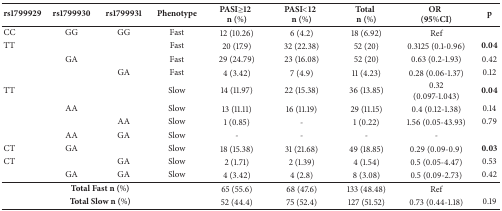
| rs1799929 | rs1799930 | rs1799931 | Phenotype | PASI≥12n (%) | PASI<12n (%) | Totaln (%) | OR(95%CI) | p |
 | --- | --- | --- | --- | --- | --- | --- | --- | --- |
 | CC | GG | GG | Fast | 12 (10.26) | 6 (4.2) | 18 (6.92) | Ref |  |
 | TT |  |  | Fast | 20 (17.9) | 32 (22.38) | 52 (20) | 0.3125 (0.1-0.96) | 0.04 |
 |  | GA |  | Fast | 29 (24.79) | 23 (16.08) | 52 (20) | 0.63 (0.2-1.93) | 0.42 |
 |  |  | GA | Fast | 4 (3.42) | 7 (4.9) | 11 (4.23) | 0.28 (0.06-1.37) | 0.12 |
 | TT |  |  | Slow | 14 (11.97) | 22 (15.38) | 36 (13.85) | 0.32 (0.097-1.043) | 0.04 |
 |  | AA |  | Slow | 13 (11.11) | 16 (11.19) | 29 (11.15) | 0.4 (0.12-1.38) | 0.14 |
 |  |  | AA | Slow | 1 (0.85) | - | 1 (0.22) | 1.56 (0.05-43.93) | 0.79 |
 |  | AA | GA | Slow | - | - | - | - |  |
 | CT | GA |  | Slow | 18 (15.38) | 31 (21.68) | 49 (18.85) | 0.29 (0.09-0.9) | 0.03 |
 | CT |  | GA | Slow | 2 (1.71) | 2 (1.39) | 4 (1.54) | 0.5 (0.05-4.47) | 0.53 |
 |  | GA | GA | Slow | 4 (3.42) | 4 (2.8) | 8 (3.08) | 0.5 (0.09-2.73) | 0.42 |
 | <COLSPAN=4> Total Fast n (%) | 65 (55.6) | 68 (47.6) | 133 (48.48) | Ref |  |
 | <COLSPAN=4> Total Slow n (%) | 52 (44.4) | 75 (52.4) | 127 (51.52) | 0.73 (0.44-1.18) | 0.19 |